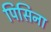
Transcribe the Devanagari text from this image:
पिसिना